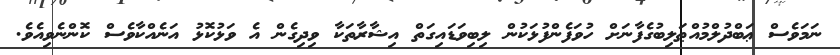
ނަމަވެސް ޢަބްދުލްމުއްޠަލިބުގެފާނަށް ހުވަފެންފުޅަކުން ލިބިވަޑައިގަތް އިޝާރާތަކާ ވިދިގެން އެ ވަޅުކޮޅު އަނެއްކާވެސް ކޮންނެވިއެވެ.